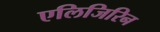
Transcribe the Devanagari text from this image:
एलिजिरिन